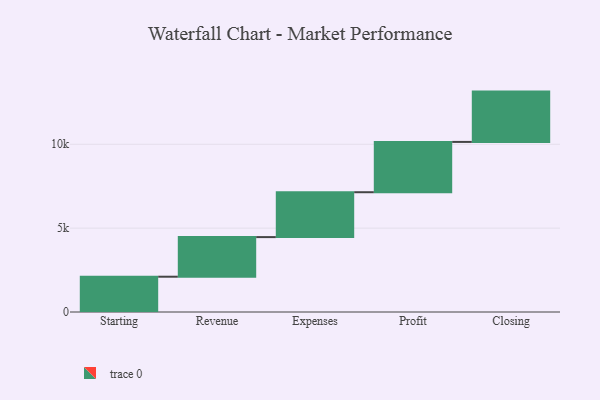
{"axis": {"x": "Step", "y": "Value"}, "legend": [""], "data": [{"x": "Starting", "y": 2104.0, "type": ""}, {"x": "Revenue", "y": 2362.0, "type": ""}, {"x": "Expenses", "y": 2676.0, "type": ""}, {"x": "Profit", "y": 3000, "type": ""}, {"x": "Closing", "y": 3000, "type": ""}]}